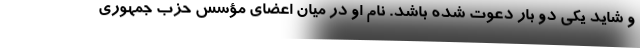
و شاید یکی دو بار دعوت شده باشد. نام او در میان اعضای مؤسس حزب جمهوری